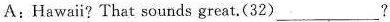
A:Hawai? That sounds great.(32)___?